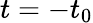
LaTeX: t=-t_{0}